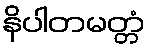
နိပါတမတ္တံ